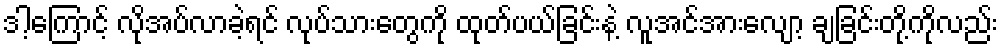
ဒါ့ကြောင့် လိုအပ်လာခဲ့ရင် လုပ်သားတွေကို ထုတ်ပယ်ခြင်းနဲ့ လူအင်အားလျော့ ချခြင်းတို့ကိုလည်း